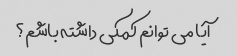
آیا می توانم کمکی داشته باشم؟